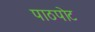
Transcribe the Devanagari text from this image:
पाठपोट